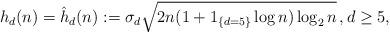
LaTeX: \begin{align*}h_d(n)=\hat{h}_d(n) := \sigma_d \sqrt{2 n (1 + 1_{\{d=5\}}\log n ) \log_2 n} \,, d \ge 5, \end{align*}